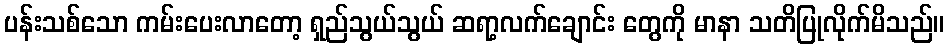
ပန်းသစ်သော ကမ်းပေးလာတော့ ရှည်သွယ်သွယ် ဆရာ့လက်ချောင်း တွေကို မာနာ သတိပြုလိုက်မိသည်။